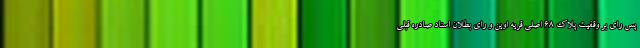
پس رای بر وقفیت پلاک ۶۸ اصلی قریه اوین و رای بطلان اسناد صادره قبلی